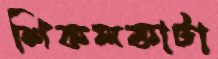
শিকলকাটা